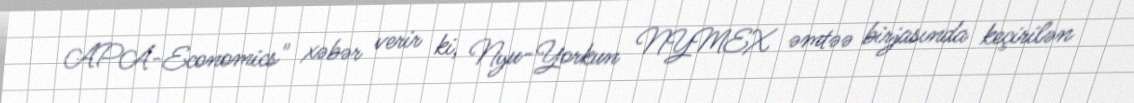
APA-Economics" xəbər verir ki, Nyu-Yorkun NYMEX əmtəə birjasında keçirilən